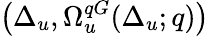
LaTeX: \left(\Delta_{u},\Omega_{u}^{qG}(\Delta_{u};q)\right)